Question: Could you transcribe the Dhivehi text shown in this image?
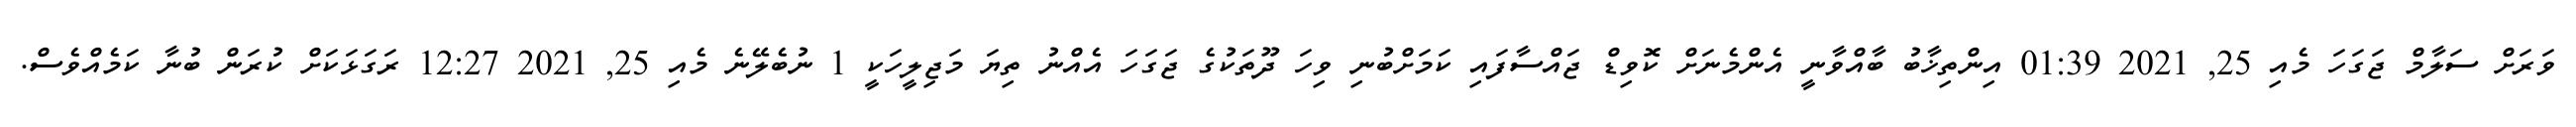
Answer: ވަރަށް ސަލާމް ޖަގަހަ މެއި 25, 2021 01:39 އިންތިޚާބު ބާއްވާނީ އެންމެނަށް ކޮވިޑް ޖައްސާފައި ކަމަށްބުނި ވިހަ ދޫތަކުގެ ޖަގަހަ އެއްނު ތިޔަ މަޖިލީހަކީ 1 ނުބެލޭނެ މެއި 25, 2021 12:27 ރަގަޅަކަށް ކުރަން ބުނާ ކަމެއްވެސް.